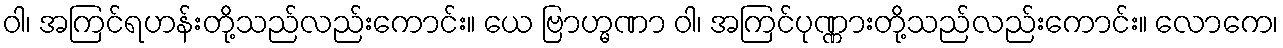
ဝါ၊ အကြင်ရဟန်းတို့သည်လည်းကောင်း။ ယေ ဗြာဟ္မဏာ ဝါ၊ အကြင်ပုဏ္ဏားတို့သည်လည်းကောင်း။ လောကေ၊